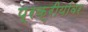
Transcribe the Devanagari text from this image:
प्रक्रीयांवर